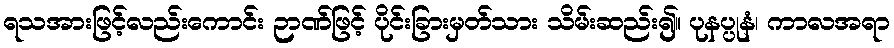
ရသအားဖြင့်လည်းကောင်း ဉာဏ်ဖြင့် ပိုင်းခြားမှတ်သား သိမ်းဆည်း၍။ ပုနပ္ပုနံ၊ ကာလအရာ